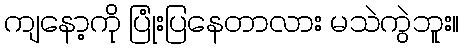
ကျနော့ကို ပြုံးပြနေတာလား မသဲကွဲဘူး။